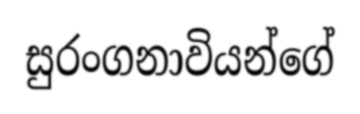
සුරංගනාවියන්ගේ